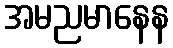
အမညမာနေန